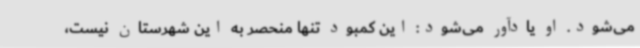
می‌شود. او یادآور می‌شود: این کمبود تنها منحصر به این شهرستان نیست،